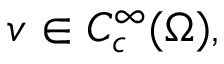
v \in C _ { c } ^ { \infty } ( \Omega ) ,